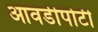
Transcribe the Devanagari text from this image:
आवडीपोटी